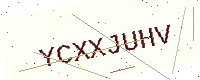
Text: YCXXJUHV